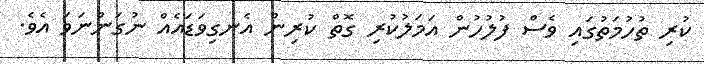
ކުރި ތުހުމަތުގައި ވެސް ފުލުހުން އަމަލުކުރި ގޮތް ކުރިން އެނގިވަޑައެއް ނުގަންނަވަ އެވެ.